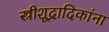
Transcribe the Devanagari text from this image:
स्त्रीशूद्रादिकांना